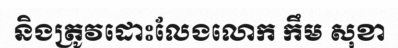
និងត្រូវដោះលែងលោក កឹម សុខា